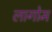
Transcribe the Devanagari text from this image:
लागोम